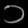
Digit: ၁